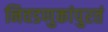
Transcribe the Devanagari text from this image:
निवडणुकांपुरतं